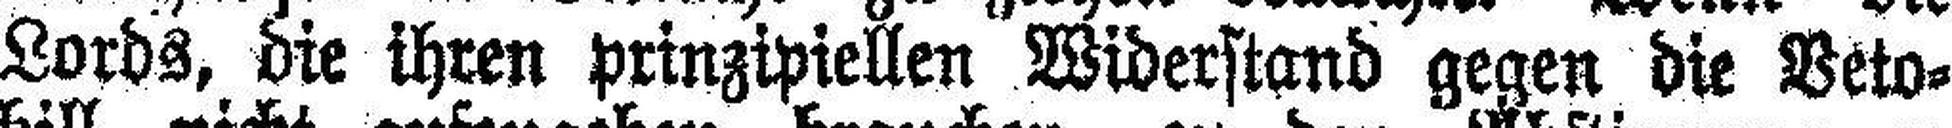
Lords, die ihren prinzipiellen Widerstand gegen die Veto¬